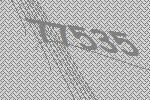
77535